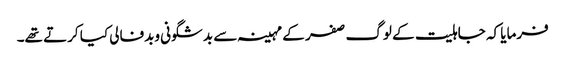
فرمایا کہ جاہلیت کے لوگ صفر کے مہینہ سے بدشگونی وبدفالی کیا کرتے تھے۔